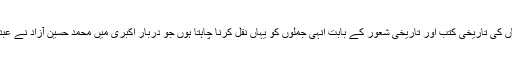
اپنے مضمون کے آخر میں سید احمد خاں کی تاریخی کتب اور تاریخی شعور کے بابت انہی جملوں کو یہاں نقل کرنا چاہتا ہوں جو دربار اکبری میں محمد حسین آزاد نے عبدالقادر بدایونی کے باب میں لکھے ہیں ۔